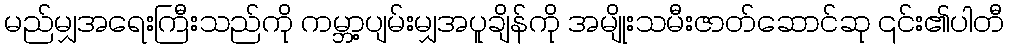
မည်မျှအရေးကြီးသည်ကို ကမ္ဘာ့ပျမ်းမျှအပူချိန်ကို အမျိုးသမီးဇာတ်ဆောင်ဆု ၎င်း၏ပါတီ